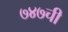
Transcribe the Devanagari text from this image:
७४७ची